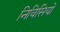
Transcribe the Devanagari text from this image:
निविसियों